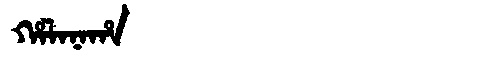
Manchu: ᡥᠠᠯᠠᠨᠠᡥᠠ
Romanization: HALANAHA